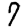
Digit: 7